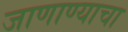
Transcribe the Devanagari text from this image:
जाणाण्याचा